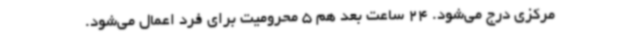
مرکزی درج می‌شود. 24 ساعت بعد هم 5 محرومیت برای فرد اعمال می‌شود.